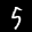
Label: 5